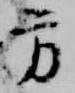
方